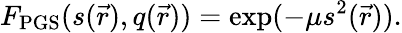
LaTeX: F_{\mathrm{PGS}}(s(\vec{r}),q(\vec{r}))=\exp(-\mu s^{2}(\vec{r})).